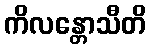
ကိလန္တောသီတိ